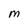
Character: M